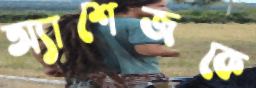
অ্যাশেজকে